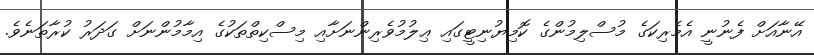
އޭނާއަށް ފެނުނީ އެމެރިކަގެ މުސްލިމުންގެ ކޮމިޔުނިޓީގައި ޢިލުމުވެރިންނަށާއި މިސްކިތްތަކުގެ އިމާމުންނަށް ގަދަރު ކުރާތަނެވެ.